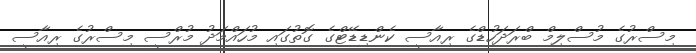
މިސްރުގެ މުސްލިމް ބްރަދަހުޑްގެ ރިއާސީ ކެންޑިޑޭޓްގެ ގޮތުގައި މުހައްމަދު މުރްސީ މިސްރުގެ ރިއާސީ